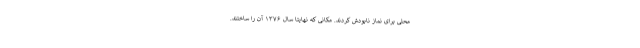
محلی برای نماز نابودش کردند. مکانی که نهایتا سال ۱۳۷۶ آن را ساختند.